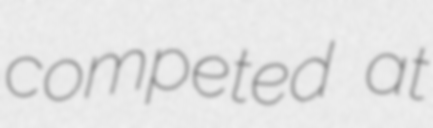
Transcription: competed at